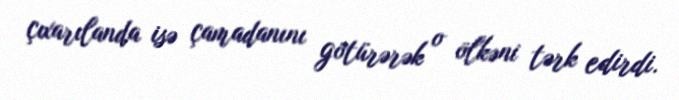
çıxarılanda isə çamadanını götürərək o ölkəni tərk edirdi.